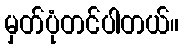
မှတ်ပုံတင်ပါတယ်။